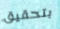
بتحقيق